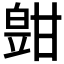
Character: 𤾑